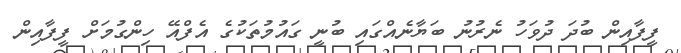
ފީފާއިން ބުދަ ދުވަހު ނެރުނު ބަޔާނެއްގައި ބުނީ ގައުމުތަކުގެ އެފްއޭ ހިންގުމަށް ފީފާއިން